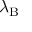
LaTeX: \lambda _ { \mathrm { { B } } }